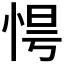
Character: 𢚹